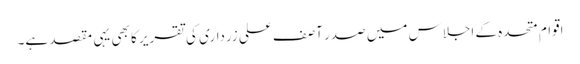
اقوام ِ متحدہ کے اجلاس میں صدر آصف علی زرداری کی تقریر کا بھی یہی مقصد ہے۔